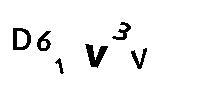
D61V3V